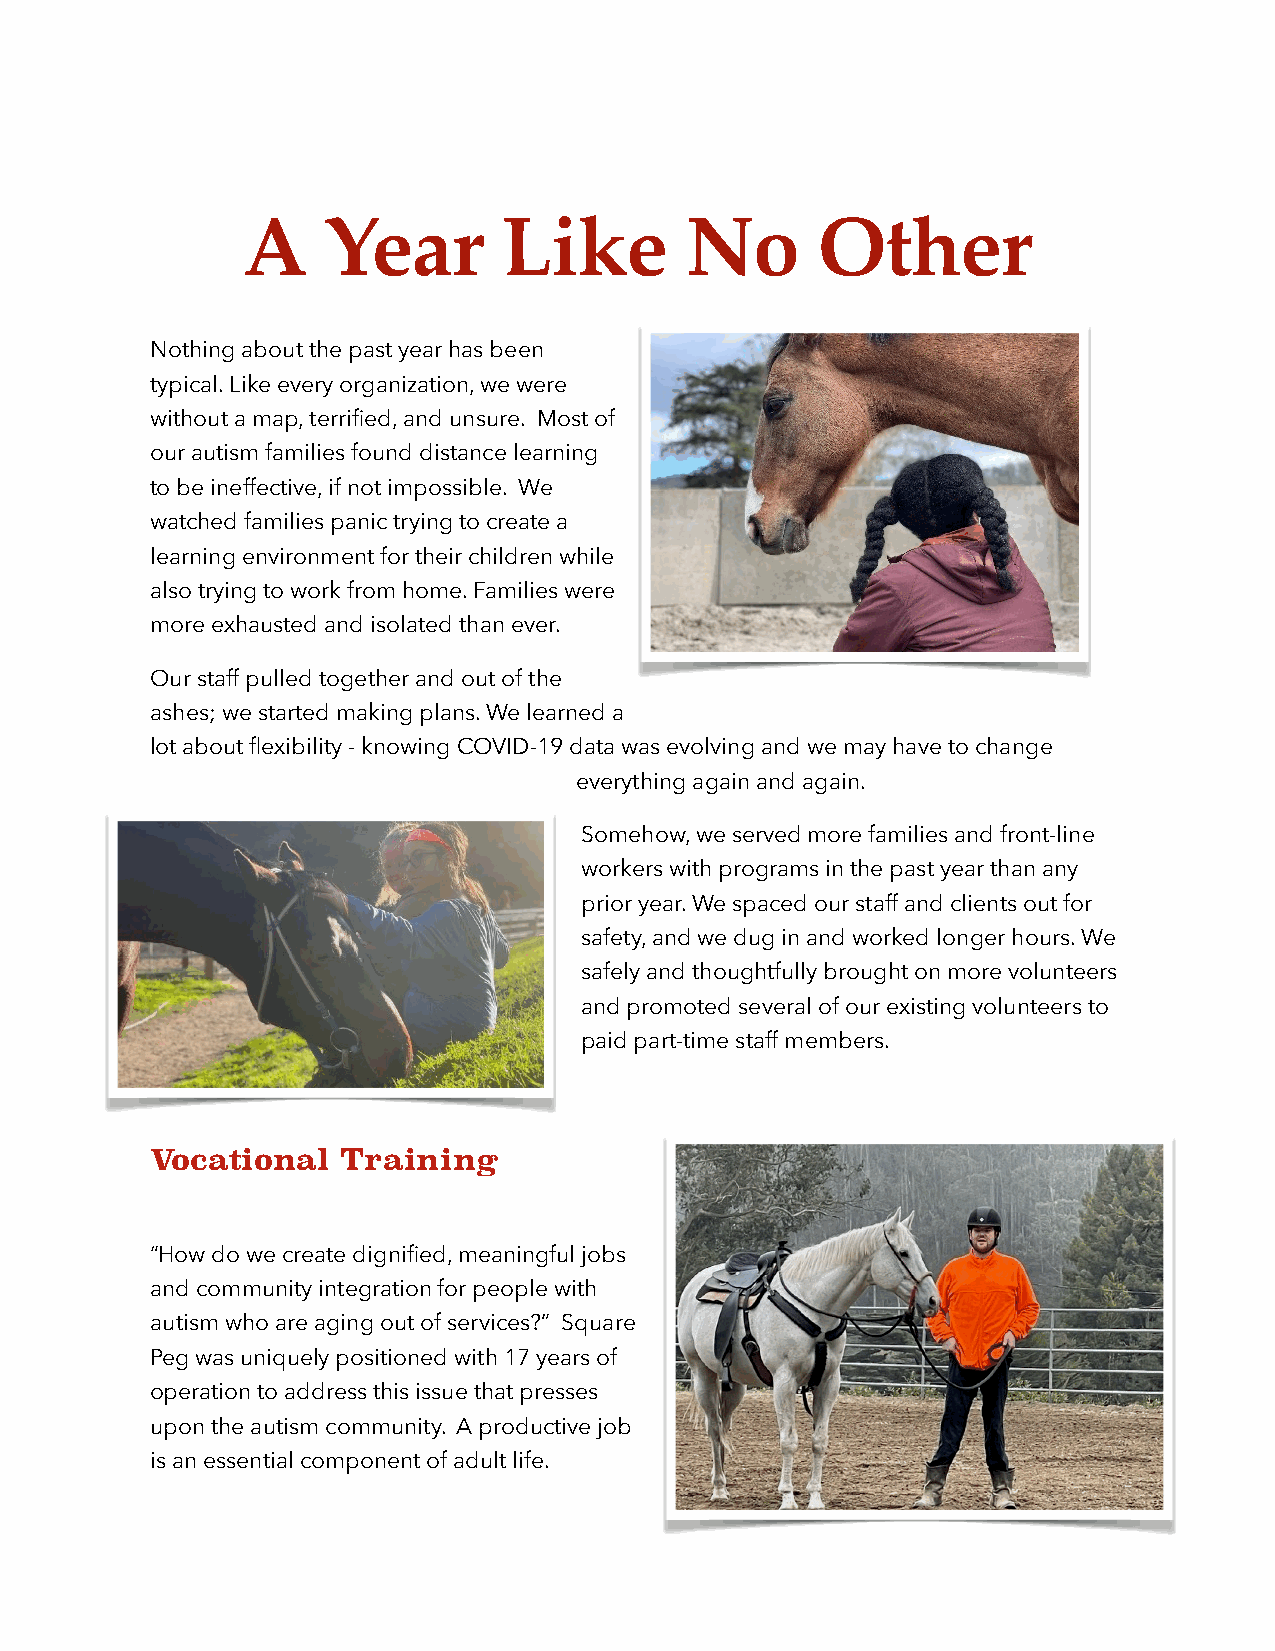
A    Year        Like        No       Other
 Nothing about the past year has been
 typical. Like every organization, we were
 without a map, terrified, and unsure. Most of
 our autism families found distance learning
 to be ineffective, if not impossible. We
 watched families panic trying to create a
 learning environment for their children while
 also trying to work from home. Families were
 more exhausted and isolated than ever.
 Our staff pulled together and out of the
 ashes; we started making plans. We learned a
 lot about flexibility - knowing COVID-19 data was evolving and we may have to change
 everything again and again.
 Somehow, we served more families and front-line
 workers with programs in the past year than any
 prior year. We spaced our staff and clients out for
 safety, and we dug in and worked longer hours. We
 safely and thoughtfully brought on more volunteers
 and promoted several of our existing volunteers to
 paid part-time staff members.
 Vocational   Training
 “How do we create dignified, meaningful jobs
 and community integration for people with
 autism who are aging out of services?” Square
 Peg was uniquely positioned with 17 years of
 operation to address this issue that presses
 upon the autism community. A productive job
 is an essential component of adult life.